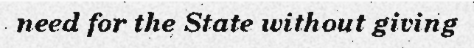
need for the State without giving